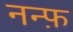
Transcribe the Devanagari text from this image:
नन्फ़